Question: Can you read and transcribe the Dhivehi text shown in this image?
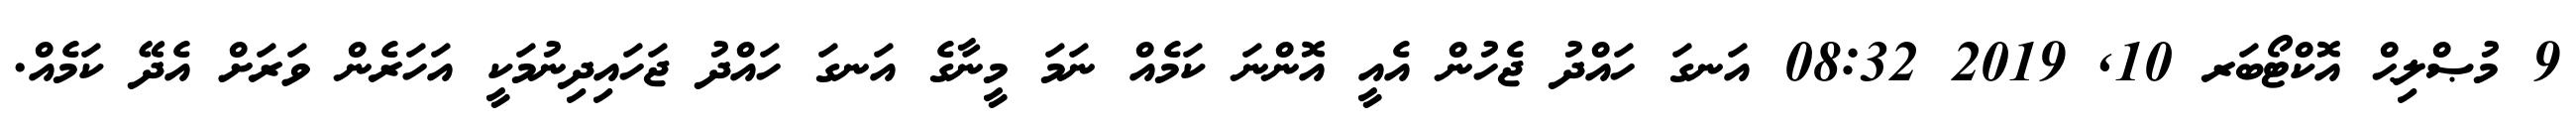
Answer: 9 މުޞްލިޙް އޮކްޓޯބަރ 10, 2019 08:32 އަނގަ ހައްދު ޖެހުން އެއީ އޮންނަ ކަމެއް ނަމަ މީނާގެ އަނގަ ހައްދު ޖަހައިދިނުމަކީ އަހަރެން ވަރަށް އެދޭ ކަމެއް.